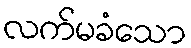
လက်မခံသော